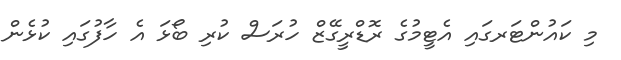
މި ކައުންޓަރގައި އެޓީމުގެ ރޮޑްރީގޭޒް ހުރަސް ކުރި ބޯޅަ އެ ހާފުގައި ކުޅެން